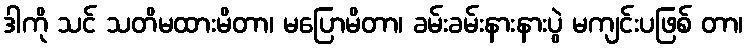
ဒါကို သင် သတိမထားမိတာ၊ မပြောမိတာ၊ ခမ်းခမ်းနားနားပွဲ မကျင်းပဖြစ် တာ၊